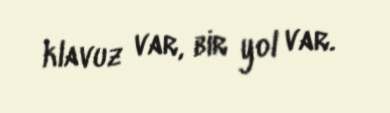
klavuz var, bir yol var.